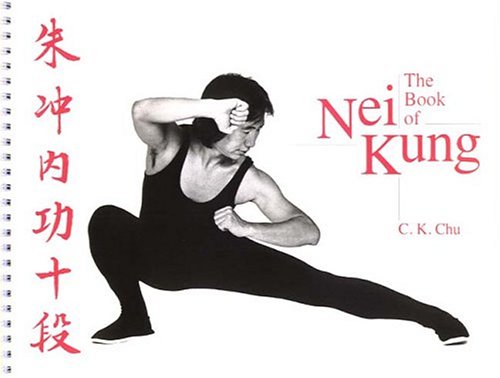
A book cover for The Book of Nei Kung; C. K. Chu; Health, Fitness & Dieting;